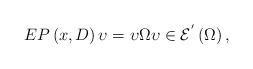
LaTeX: \begin{align*}EP\left( x,D\right) \upsilon =\upsilon \Omega \upsilon \in \mathcal{E}^{^{\prime }}\left( \Omega \right) , \end{align*}